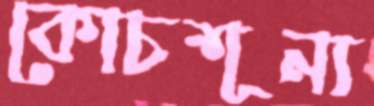
কোচশূন্য